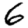
Digit: 6